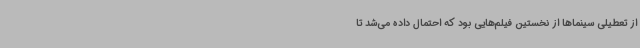
از تعطیلی سینماها از نخستین فیلم‌هایی بود که احتمال داده می‌شد تا